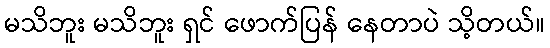
မသိဘူး မသိဘူး ရှင် ဖောက်ပြန် နေတာပဲ သိ့တယ်။